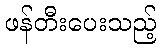
ဖန်တီးပေးသည့်